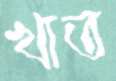
খাত